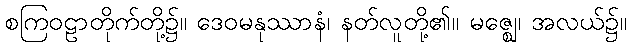
စကြဝဠာတိုက်တို့၌။ ဒေဝမနုဿာနံ၊ နတ်လူတို့၏။ မဇ္ဈေ၊ အလယ်၌။